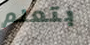
بتعلم